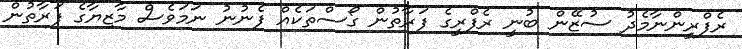
ރެފްރީންނާމެދު ސުޒޭން ބުނީ ރެފްރީގެ ފަރާތުން ގޯސްތަކެއް ފެނުނު ނަމަވެސް މާޒިޔާގެ ފަރާތުން